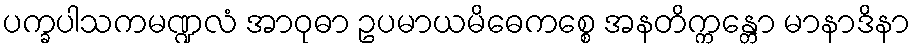
ပက္ခပါသကမဏ္ဍလံ အာဝုဓာ ဥပမာယမိဓေကစ္စေ အနတိက္ကန္တော မာနာဒိနာ